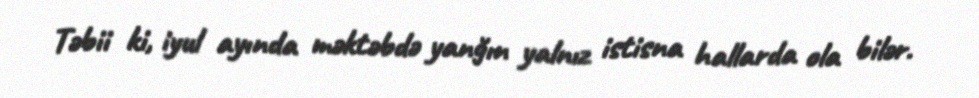
Təbii ki, iyul ayında məktəbdə yanğın yalnız istisna hallarda ola bilər.